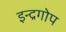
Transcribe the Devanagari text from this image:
इन्द्रगोप